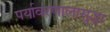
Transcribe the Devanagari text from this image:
पर्यावरणालासुद्धा